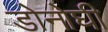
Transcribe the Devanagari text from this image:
डोनोघी